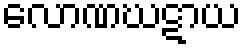
လောဏဃဋာယ